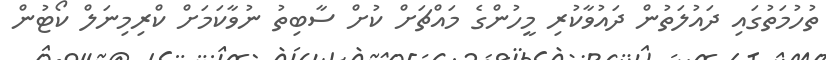
ތުހުމަތުގައި ދައުލަތުން ދައުވާކުރި މީހުންގެ މައްޗަށް ކުށް ސާބިތު ނުވާކަމަށް ކްރިމިނަލް ކޯޓުން